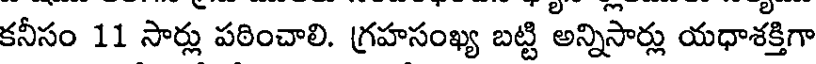
కనీసం 11 సార్లు పఠించాలి. గ్రహసంఖ్య బట్టి అన్నిసార్లు యధాశక్తిగా